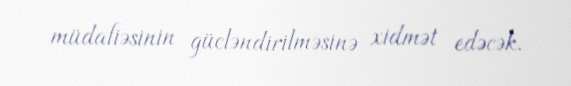
müdafiəsinin gücləndirilməsinə xidmət edəcək.